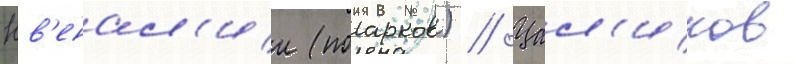
Юв'енал'ии (поарков) // Цал'иков